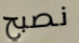
نصبح